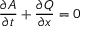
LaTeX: { \frac { \partial A } { \partial t } } + { \frac { \partial Q } { \partial x } } = 0